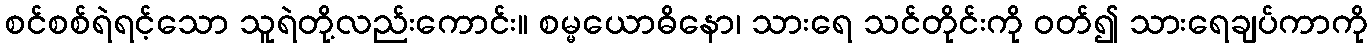
စင်စစ်ရဲရင့်သော သူရဲတို့လည်းကောင်း။ စမ္မယောဓိနော၊ သားရေ သင်တိုင်းကို ဝတ်၍ သားရေချပ်ကာကို